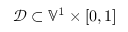
\mathcal { D } \subset \mathbb { V } ^ { 1 } \times [ 0 , 1 ]